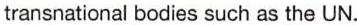
transnational bodies such as the UN.